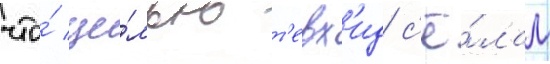
что́ це́лью т'евх'ид с'ё́лам